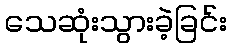
သေဆုံးသွားခဲ့ခြင်း